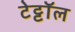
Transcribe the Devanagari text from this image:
टेट्टॉल